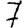
Digit: 7